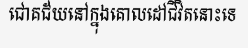
ជោគជ័យនៅក្នុងគោលដៅជីវិតនោះទេ